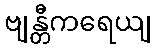
ဗျန္တီကရေယျ